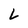
Character: L